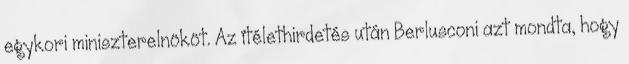
egykori miniszterelnököt. Az ítélethirdetés után Berlusconi azt mondta, hogy